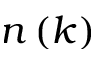
n \left( k \right)